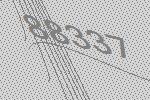
88337